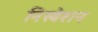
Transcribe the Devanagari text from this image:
निस्बेशन